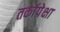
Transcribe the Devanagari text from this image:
तर्कापेक्षा